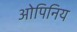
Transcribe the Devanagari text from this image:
ओपिनिय